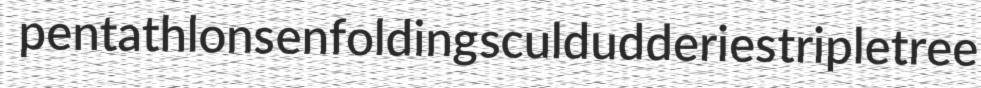
pentathlons enfolding sculdudderies tripletree